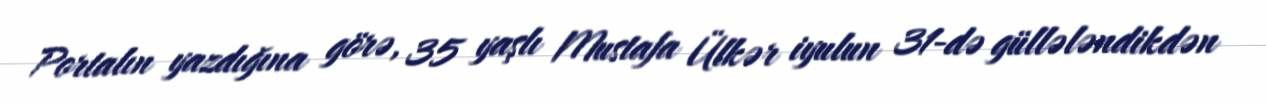
Portalın yazdığına görə, 35 yaşlı Mustafa Ülkər iyulun 31-də güllələndikdən